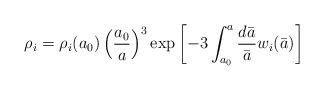
\begin{align*}\rho_i = \rho_i(a_0) \left( \frac{a_0}{a}\right)^3 \exp \left[ - 3 \int_{a_0}^a \frac{d\bar a}{\bar a} w_i(\bar a) \right] \end{align*}